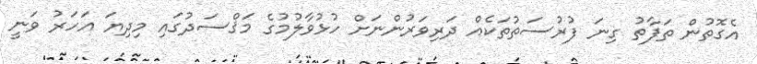
އެގޮތުން ތަފާތު ގިނަ ފުރުސަތުތަކެއް ދަރިވަރުންނަށް ހުޅުވާލުމުގެ މަޤްސަދުގައި މިދިޔަ އަހަރު ވަނީ